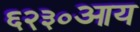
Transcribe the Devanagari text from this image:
६२३०आय